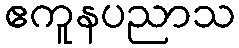
ဧကူနပညာသ